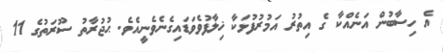
އެ ހިސާބުން އަނެއްކާ ގެ އިތުރު އަމުރުފުޅަކާ ޚިލާފުވެވަޑައިގެނެވެނީއެވެ. ޙުޖުރާތު ސޫރަތުގެ 11